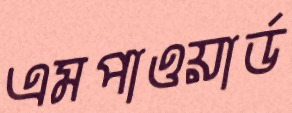
এমপাওয়ার্ড